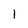
Character: 1